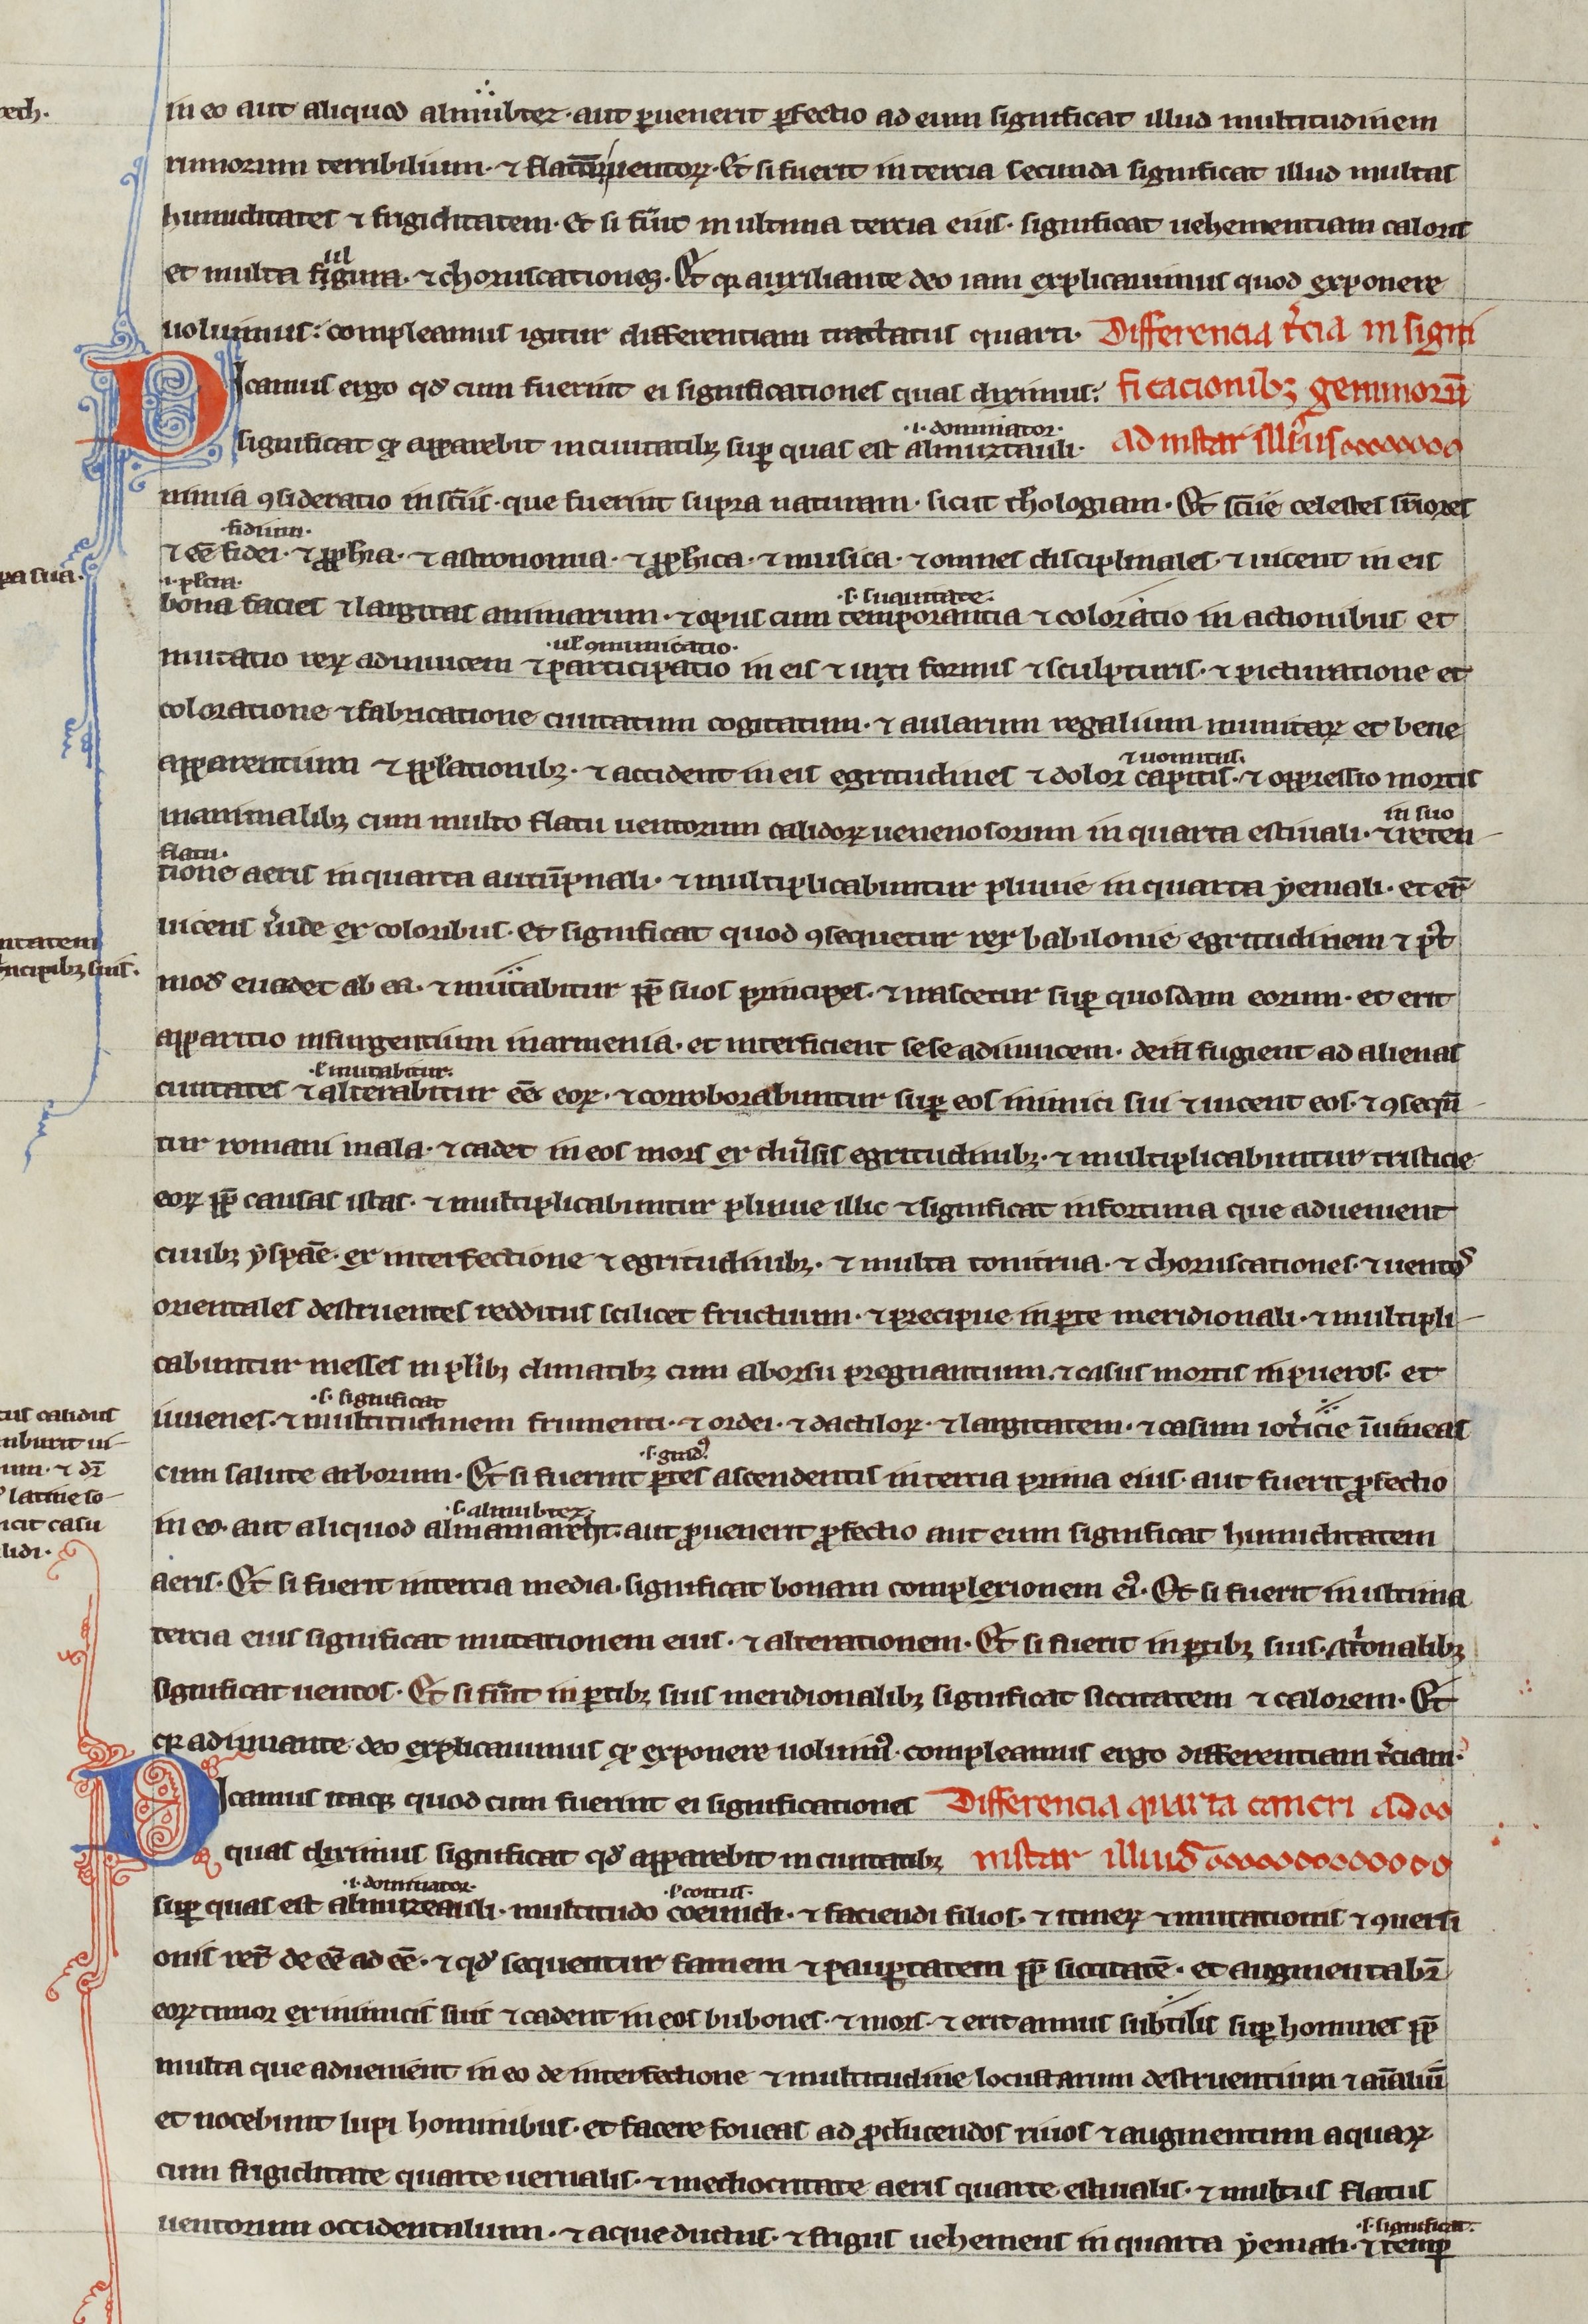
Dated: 1200–1299